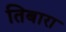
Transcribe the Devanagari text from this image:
तिबारा